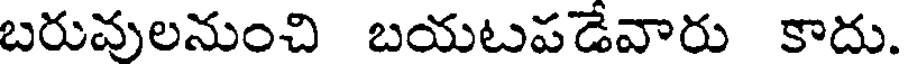
బరువులనుంచి బయటపడేవారు కాదు.